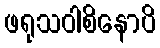
ဖရုသဝါစိနောပိ